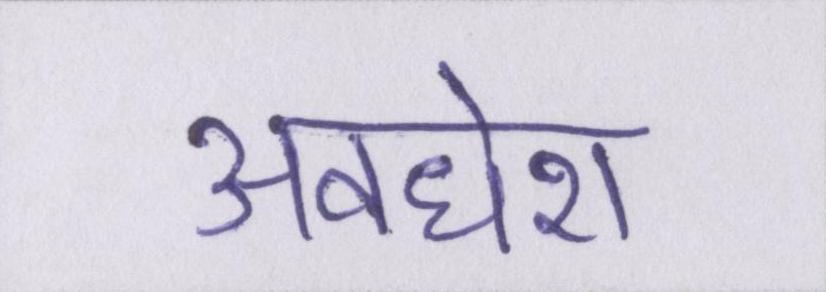
अवधेश